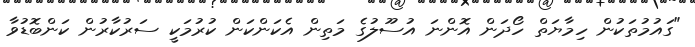
"ގައުމުތަކުން ހިމާޔަތް ހޯދަން އޮންނަ އުސޫލުގެ މަތިން އެކަންކަން ކުރުމަކީ ސަރުކާރުން ކަންބޮޑުވާ